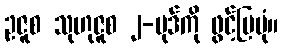
ဥဇူစ သုဟုဇူစ ၂-ပုဒ်ကို ဖွင့်ပြပုံ။